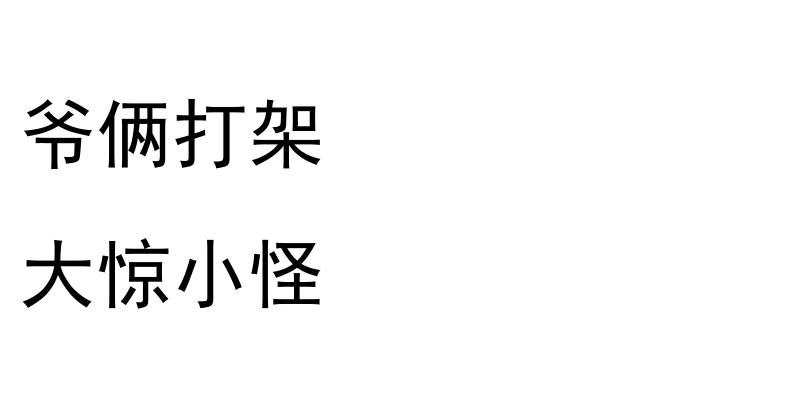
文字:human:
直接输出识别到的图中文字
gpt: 爷俩打架 大惊小怪